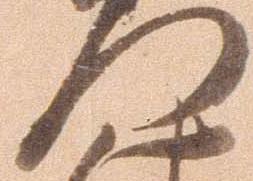
門